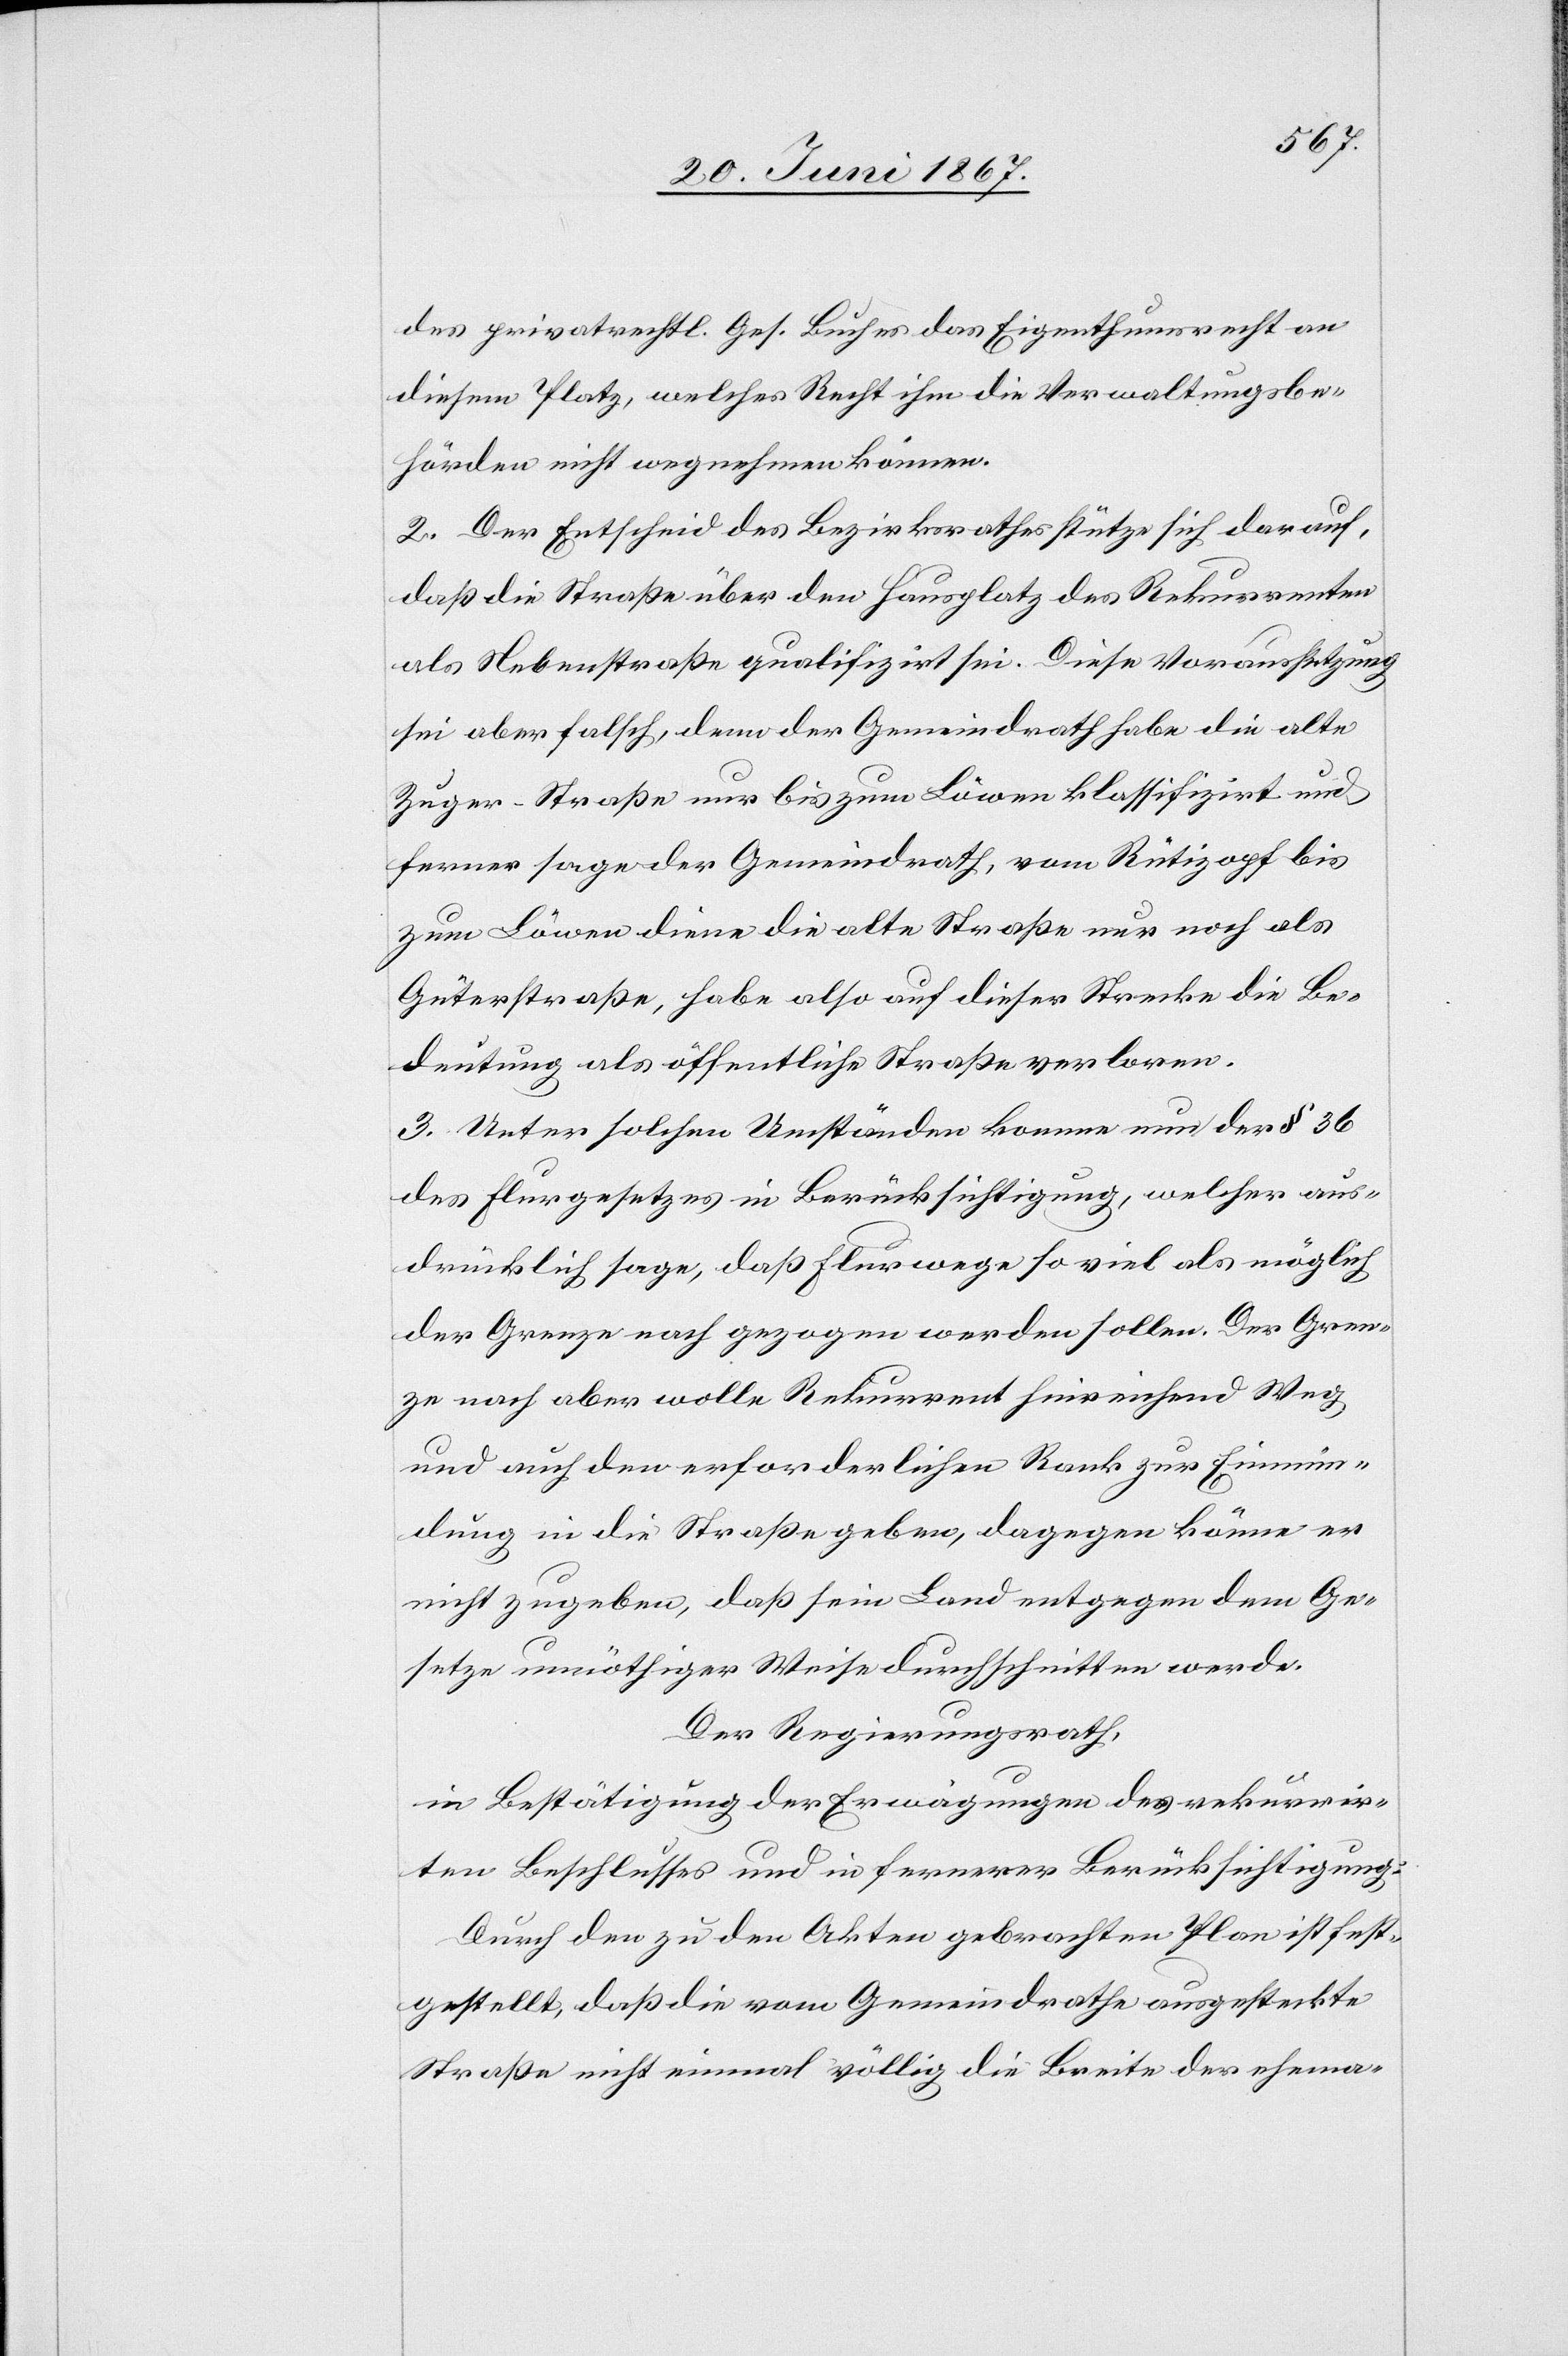
des privatrechtl. Ges. Buches das Eigenthumsrecht an
diesem Platz, welches Recht ihm die Verwaltungsbe¬
hörden nicht wegnehmen können.
2. Der Entscheid des Bezirksrathes stütze sich darauf,
daß die Straße über den Hausplatz des Rekurrenten
als Nebenstraße qualifizirt sei. Diese Voraussetzung
sei aber falsch, denn der Gemeindrath habe die alte
Zuger-Straße nur bis zum Löwen klassifizirt und
ferner sage der Gemeindrath, vom Rütizopf bis
zum Löwen diene die alte Straße nur noch als
Güterstraße, habe also auf dieser Strecke die Be¬
deutung als öffentliche Straße verloren.
3. Unter solchen Umständen komme nur der § 36
des Flurgesetzes in Berücksichtigung, welcher aus¬
drücklich sage, daß Flurwege so viel als möglich
der Grenze nach gezogen werden sollen. Der Gren¬
ze nach aber wolle Rekurrent hinreichend Weg
und auch den erforderlichen Rank zur Einmün¬
dung in die Straße geben, dagegen könne er
nicht zugeben, daß sein Land entgegen dem Ge¬
setze unnöthiger Weise durchschnitten werde.
Der Regierungsrath,
in Bestätigung der Erwägungen des rekurrir¬
ten Beschlusses und in Fernerer Berücksichtigung:
Durch den zu den Akten gebrachten Plan ist fest¬
gestellt, daß die vom Gemeindrathe ausgesteckte
Straße nicht einmal völlig die Breite der ehema-